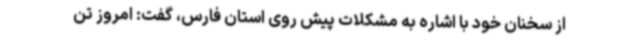
از سخنان خود با اشاره به مشکلات پیش روی استان فارس، گفت: امروز تن